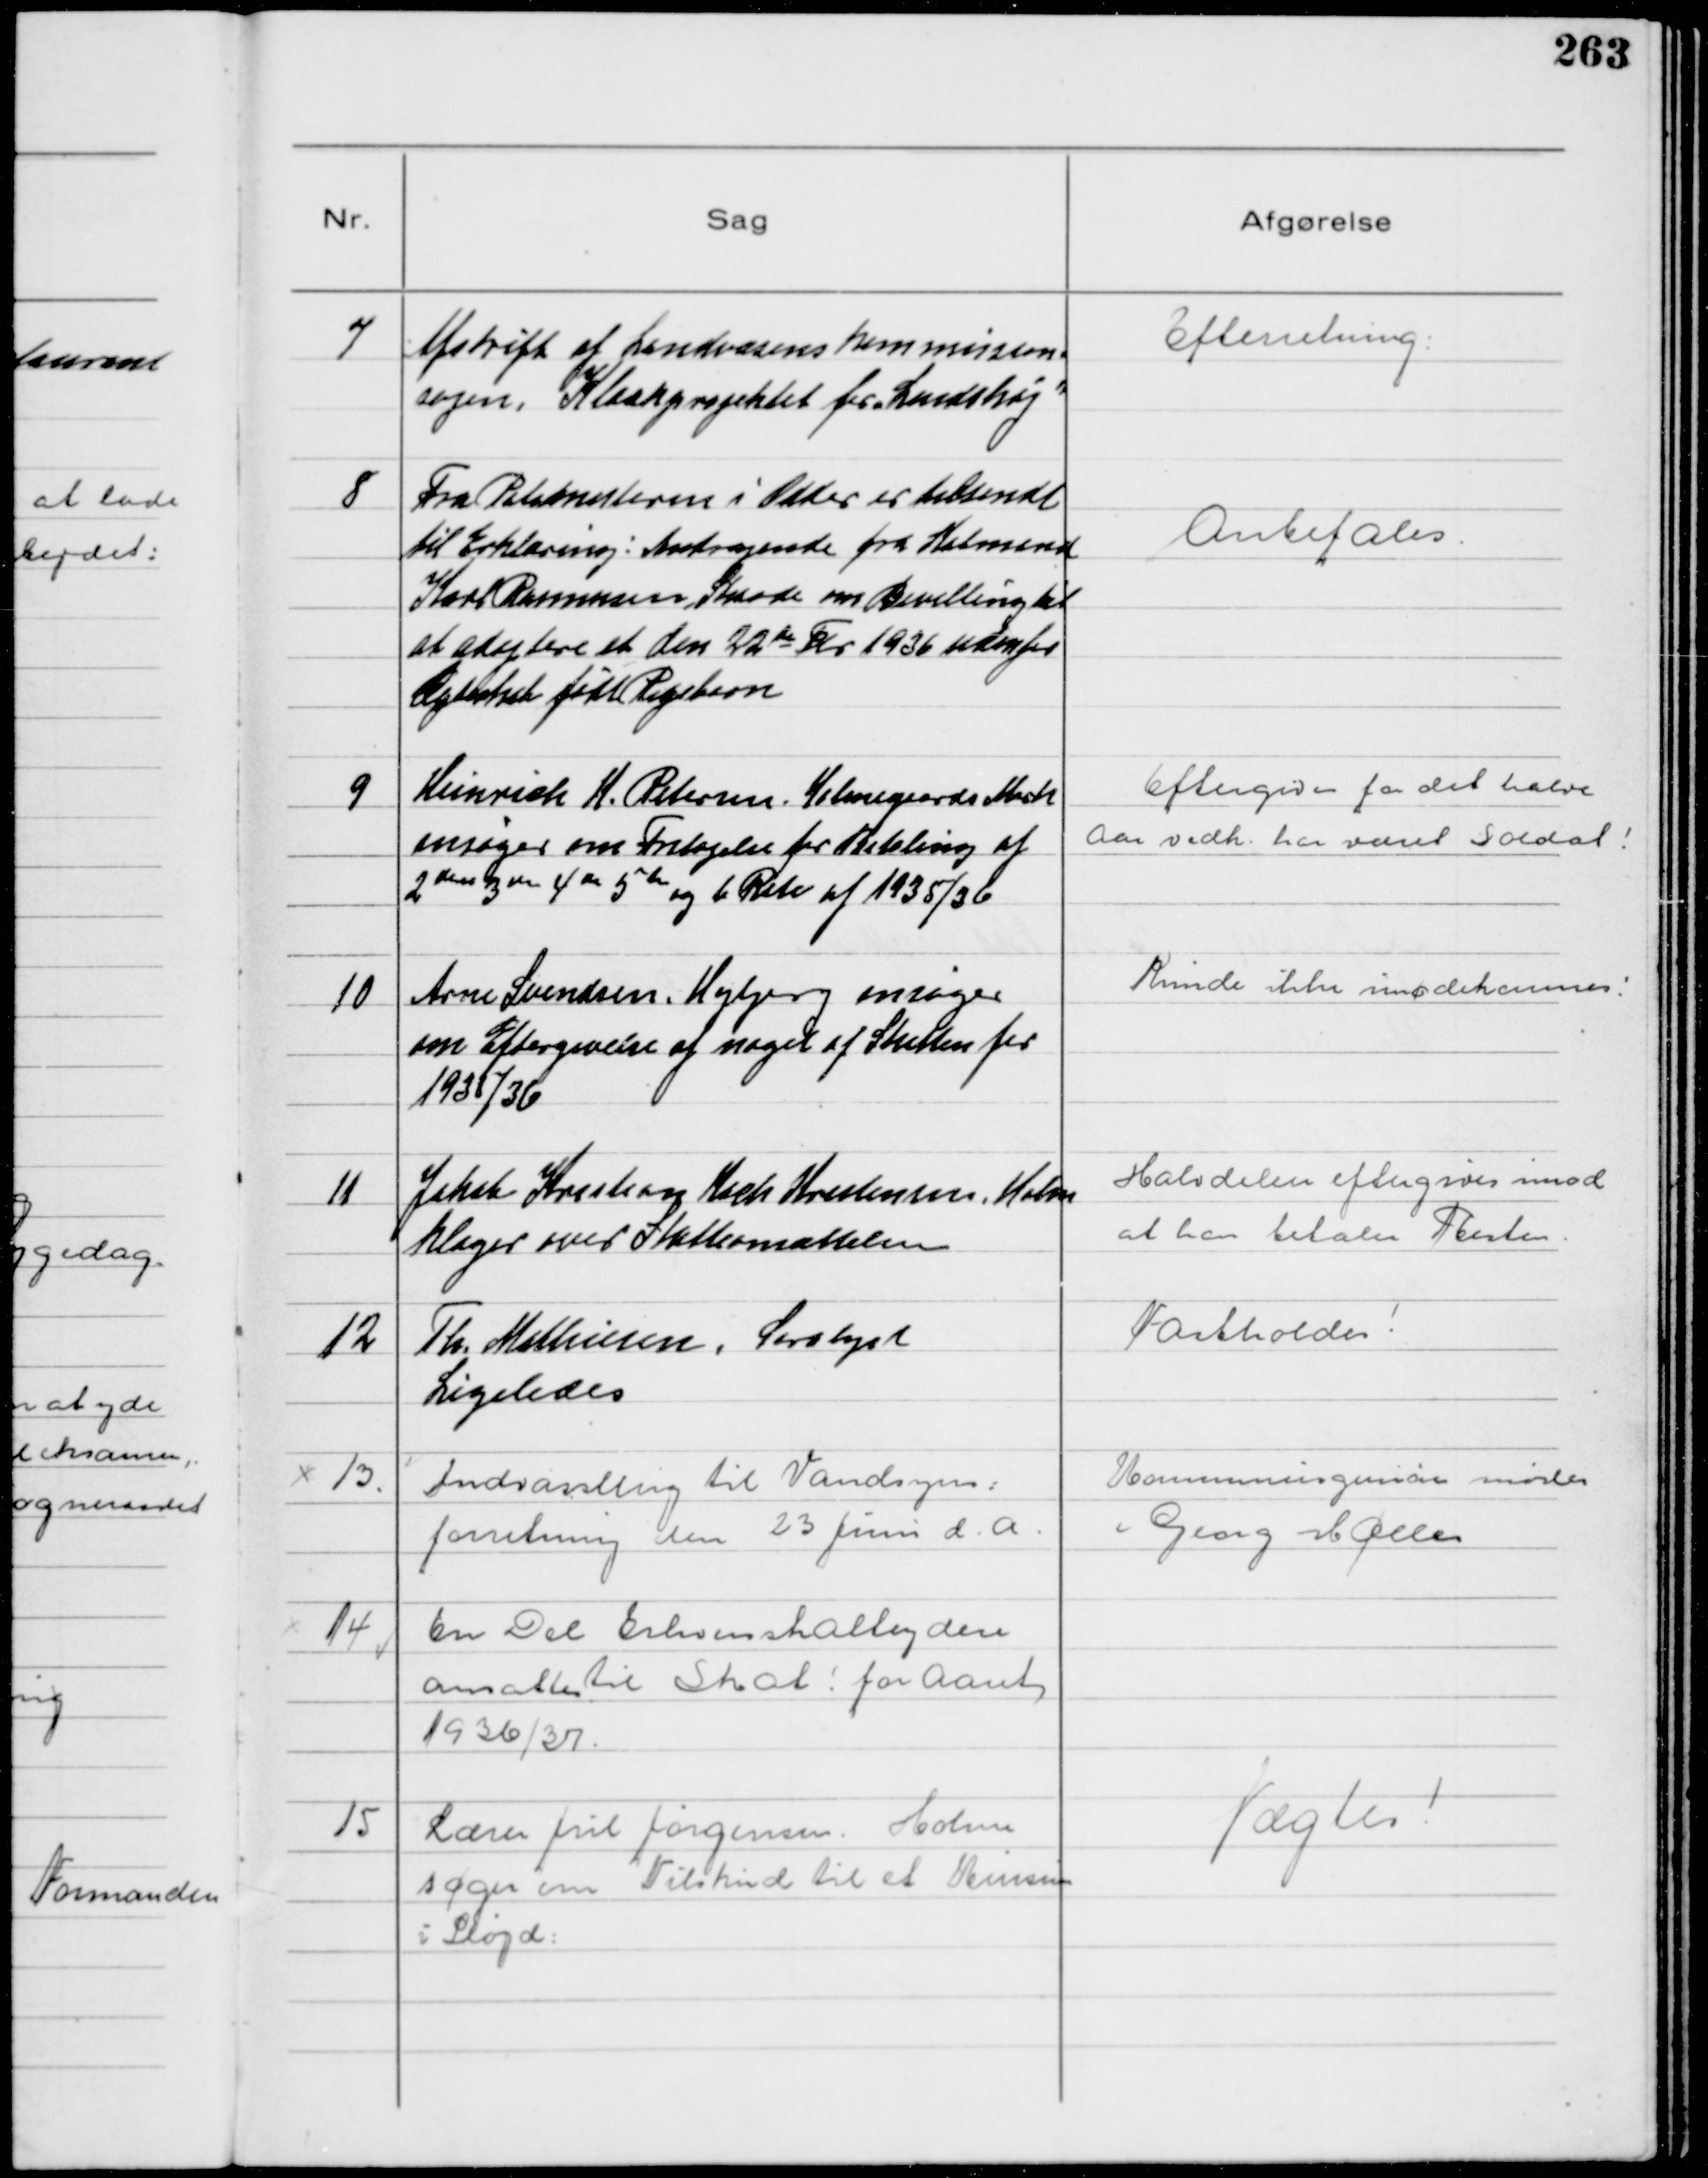
Transskription:
7
Afskrift af Landvæsenskommission-
sagen. Kloakprojektet for "Lundshøj"

Efterretning

8
Fra Politimesteren i Odder er tilsendt
til Erklæring: Andragende fra Købmand
Karl Rasmussen, Skaade om Bevilling til
at adoptere et den 22de Fbr 1936 udenfor
Ægteskab født Pigebarn

Anbefales

9
Heinrich H. Petersen Holmegaards Mark
ansøger om Fritagelse for Betaling af
2den 3de 4de 5te og 6 Rate af 1935/36

Eftergives for det halve
Aar vedk. har været Soldat!

10
Arne Svendsen, Højbjerg ansøger
om Eftergivelse af noget af Skatten for
1935/36

Kunde ikke imødekommes!

11
Jakob Kristian Koch Kristensen, Holme
klager over Skatteansættelsen

Halvdelen eftergives imod
at han betaler Resten.

12
Th. Mathiesen, Saralyst
Ligeledes

Fastholdes!

13
Indvarsling til Vandsyns-
forretning den 23 Juni d.A.

Kommuneingeniøren møder
Georg Møller

14
En Del Erhvervsskatteydere
ansattes til Skat! for Aaret
1936/37.

15
Lærer Jul Jørgensen, Holme
søger om Tilskud til et Kursus
i Sløjd.

Nægtes!